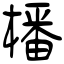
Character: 橎